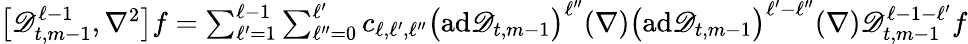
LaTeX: \begin{array}{r}{\big[\mathscr{D}_{t,m-1}^{\ell-1},\nabla^{2}\bigr]f=\sum_{\ell^{\prime}=1}^{\ell-1}\sum_{\ell^{\prime\prime}=0}^{\ell^{\prime}}c_{\ell,\ell^{\prime},\ell^{\prime\prime}}\bigl(\mathrm{ad}\mathscr{D}_{t,m-1}\bigr)^{\ell^{\prime\prime}}(\nabla)\bigl(\mathrm{ad}\mathscr{D}_{t,m-1}\bigr)^{\ell^{\prime}-\ell^{\prime\prime}}(\nabla)\mathscr{D}_{t,m-1}^{\ell-1-\ell^{\prime}}f}\end{array}